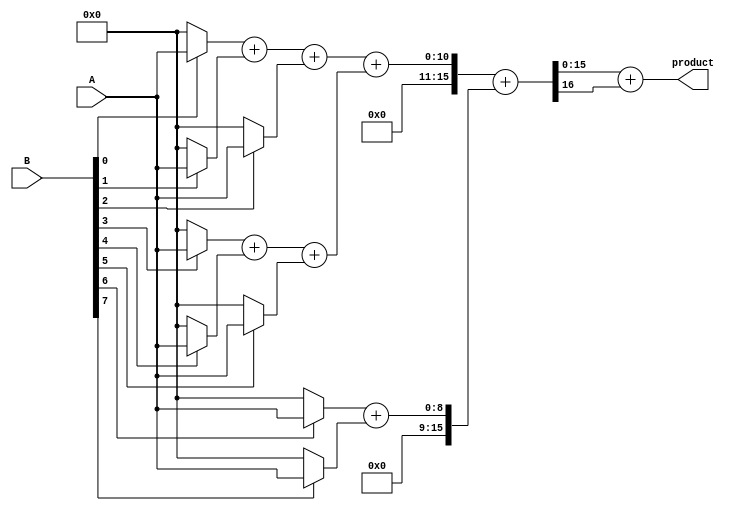
module unfolded_wallace_tree_multiplier #(parameter A_WIDTH = 8, B_WIDTH = 8)(
    input [A_WIDTH-1:0] A,
    input [B_WIDTH-1:0] B,
    output reg [A_WIDTH + B_WIDTH - 1:0] product
);

    // Partial product generation
    wire [A_WIDTH-1:0] pp[B_WIDTH-1:0]; // Partial products
    genvar i;
    generate
        for (i = 0; i < B_WIDTH; i = i + 1) begin : partial_product_gen
            assign pp[i] = (B[i]) ? A : 0;
        end
    endgenerate

    // Wallace tree reduction
    wire [A_WIDTH + B_WIDTH - 1:0] sum_stage1[0:2]; // First stage sums
    wire [A_WIDTH + B_WIDTH - 1:0] carry_stage1[0:2]; // First stage carries

    // First stage: Grouping and adding
    generate
        for (i = 0; i < B_WIDTH; i = i + 1) begin : stage1
            if (i % 3 == 0) begin
                // Use full adder for groups of 3
                if (i + 1 < B_WIDTH) begin
                    if (i + 2 < B_WIDTH) begin
                        // 3 inputs
                        assign {carry_stage1[i/3][A_WIDTH + B_WIDTH - 1], sum_stage1[i/3]} = pp[i] + pp[i + 1] + pp[i + 2];
                    end else begin
                        // 2 inputs
                        assign {carry_stage1[i/3][A_WIDTH + B_WIDTH - 1], sum_stage1[i/3]} = pp[i] + pp[i + 1];
                    end
                end else begin
                    // 1 input
                    assign sum_stage1[i/3] = pp[i];
                    assign carry_stage1[i/3] = 0;
                end
            end
        end
    endgenerate

    // Second stage: Further reduction
    wire [A_WIDTH + B_WIDTH - 1:0] sum_stage2[0:1]; // Second stage sums
    wire [A_WIDTH + B_WIDTH - 1:0] carry_stage2[0:1]; // Second stage carries

    // Grouping and adding the results from the first stage
    generate
        for (i = 0; i < (B_WIDTH + 2) / 3; i = i + 1) begin : stage2
            if (i % 2 == 0) begin
                // Use full adder for pairs
                if (i + 1 < (B_WIDTH + 2) / 3) begin
                    assign {carry_stage2[i/2][A_WIDTH + B_WIDTH - 1], sum_stage2[i/2]} = sum_stage1[i] + sum_stage1[i + 1];
                end else begin
                    assign sum_stage2[i/2] = sum_stage1[i];
                    assign carry_stage2[i/2] = 0;
                end
            end
        end
    endgenerate

    // Final addition stage
    wire [A_WIDTH + B_WIDTH - 1:0] final_sum;
    wire [A_WIDTH + B_WIDTH - 1:0] final_carry;

    assign {final_carry, final_sum} = sum_stage2[0] + sum_stage2[1];

    // Output the final product
    always @(*) begin
        product = final_sum + final_carry;
    end

endmodule